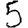
Digit: 5